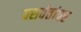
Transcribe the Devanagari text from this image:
यशवंतांवर